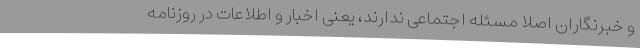
و خبرنگاران اصلا مسئله اجتماعی ندارند، یعنی اخبار و اطلاعات در روزنامه